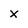
Character: X